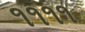
૧૧૧૧